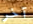
آخر